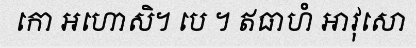
កោ អហោសិ។ បេ ។ ឥធាហំ អាវុសោ